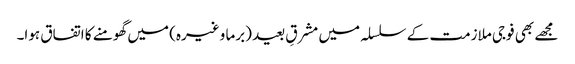
مجھے بھی فوجی ملازمت کے سلسلہ میں مشرقِ بعید (برما وغیرہ) میں گھومنے کا اتفاق ہوا۔